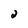
Character: 2